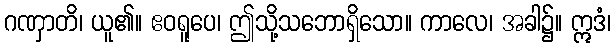
ဂဏှာတိ၊ ယူ၏။ ဧဝရူပေ၊ ဤသို့သဘောရှိသော။ ကာလေ၊ အခါ၌။ ဣဒံ၊